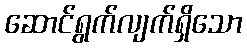
ဆောင်ရွက်လျက်ရှိသော